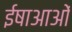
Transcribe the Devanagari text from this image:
ईषाआओं